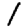
Digit: 1